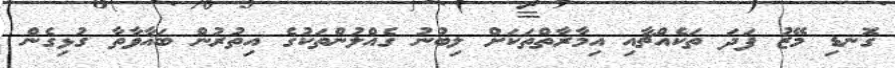
ގޮނޑި މޭޒު ފަދަ ތަކެއްޗާއި އިމާރާތްތަކަށް ލިބުނު ގެއްލުންތަކުގެ އިތުރުން ބަޣާވާތާ ގުޅިގެން